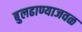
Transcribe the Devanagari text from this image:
बुलढाण्याजवळ